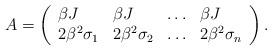
LaTeX: \begin{align*}A=\left(\begin{array}{llll}\beta J& \beta J & \ldots & \beta J\\2\beta^2\sigma_{1}& 2\beta^2\sigma_{2} & \ldots & 2\beta^2\sigma_{n}\end{array}\right).\end{align*}